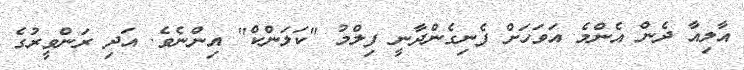
އާލިއާ ދެން އެންމެ އަވަހަށް ފެނިގެންދާނީ ފިލްމު "ކަލަންކް" އިންނެވެ. އަދި ރަންވީރުގެ